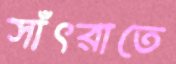
সাঁৎরাতে